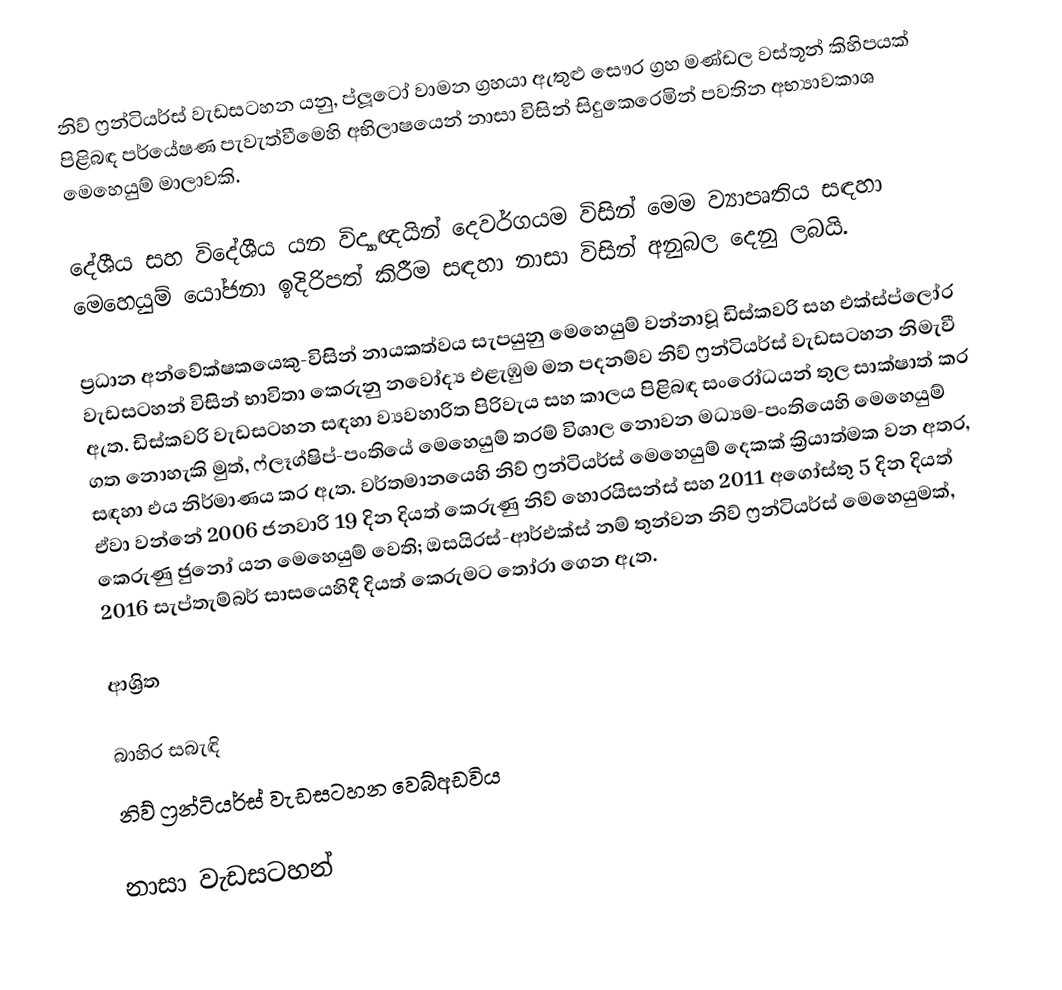
නිව් ෆ්‍රන්ටියර්ස් වැඩසටහන යනු,  ප්ලූටෝ වාමන ග්‍රහයා ඇතුළු  සෞර ග්‍රහ මණ්ඩල වස්තූන් කිහිපයක් පිළිබඳ පර්යේෂණ පැවැත්වීමෙහි අභිලාෂයෙන්  නාසා විසින් සිදුකෙරෙමින් පවතින අභ්‍යාවකාශ මෙහෙයුම් මාලාවකි.

දේශීය සහ විදේශීය යන විද්‍යාඥයින් දෙවර්ගයම විසින් මෙම ව්‍යාපෘතිය සඳහා මෙහෙයුම් යෝජනා ඉදිරිපත් කිරීම සඳහා  නාසා විසින් අනුබල දෙනු ලබයි.

ප්‍රධාන අන්වේක්ෂකයෙකු-විසින් නායකත්වය සැපයුනු මෙහෙයුම් වන්නාවූ ඩිස්කවරි සහ එක්ස්ප්ලෝර වැඩසටහන් විසින් භාවිතා කෙරුනු නවෝද්‍ය එළැඹුම මත පදනම්ව නිව් ෆ්‍රන්ටියර්ස් වැඩසටහන නිමැවී ඇත. ඩිස්කවරි වැඩසටහන සඳහා ව්‍යවහාරිත පිරිවැය සහ කාලය පිළිබඳ සංරෝධයන් තුල සාක්ෂාත් කර ගත නොහැකි මුත්, ෆ්ලෑග්ෂිප්-පංතියේ මෙහෙයුම් තරම් විශාල නොවන මධ්‍යම-පංතියෙහි මෙහෙයුම් සඳහා එය නිර්මාණය කර ඇත. වර්තමානයෙහි නිව් ෆ්‍රන්ටියර්ස් මෙහෙයුම් දෙකක් ක්‍රියාත්මක වන අතර, ඒවා වන්නේ 2006 ජනවාරි 19 දින දියත් කෙරුණු නිව් හොරයිසන්ස් සහ 2011 අගෝස්තු 5 දින දියත් කෙරුණු ජුනෝ යන මෙහෙයුම් වෙති; ඔසයිරස්-ආර්එක්ස් නම් තුන්වන නිව් ෆ්‍රන්ටියර්ස් මෙහෙයුමක්, 2016 සැප්තැම්බර් සාසයෙහිදී දියත් කෙරුමට තෝරා ගෙන ඇත.

ආශ්‍රිත

බාහිර සබැඳි
 නිව් ෆ්‍රන්ටියර්ස් වැඩසටහන වෙබ්අඩවිය

නාසා වැඩසටහන්